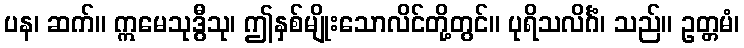
ပန၊ ဆက်။ ဣမေသုဒွီသု၊ ဤနှစ်မျိုးသောလိင်တို့တွင်။ ပုရိသလိင်္ဂံ၊ သည်။ ဥတ္တမံ၊